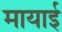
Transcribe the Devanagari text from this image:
मायाई